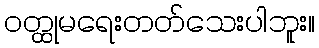
ဝတ္ထုမရေးတတ်သေးပါဘူး။